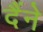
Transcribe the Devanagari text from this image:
दैंने